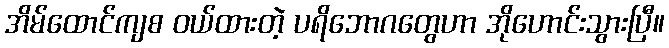
အိမ်ထောင်ကျစ ဝယ်ထားတဲ့ ပရိဘောဂတွေဟာ အိုဟောင်းသွားပြီ။